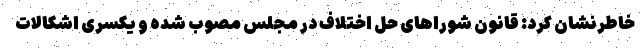
خاطرنشان کرد: قانون شوراهای حل اختلاف در مجلس مصوب شده و یکسری اشکالات